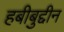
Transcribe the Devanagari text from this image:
हबीबुद्दीन